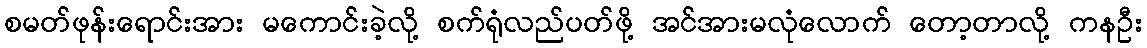
စမတ်ဖုန်းရောင်းအား မကောင်းခဲ့လို့ စက်ရုံလည်ပတ်ဖို့ အင်အားမလုံလောက် တော့တာလို့ ကနဦး